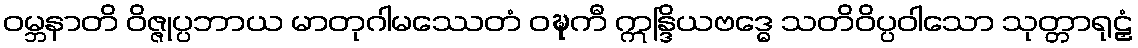
ဝမ္ဘနာတိ ဝိဇ္ဇုပ္ပဘာယ မာတုဂါမဿေတံ ဝဍ္ဎကီ ဣန္ဒြိယဗဒ္ဓေ သတိဝိပ္ပဝါသော သုတ္တာရုဠှံ